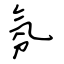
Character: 氛